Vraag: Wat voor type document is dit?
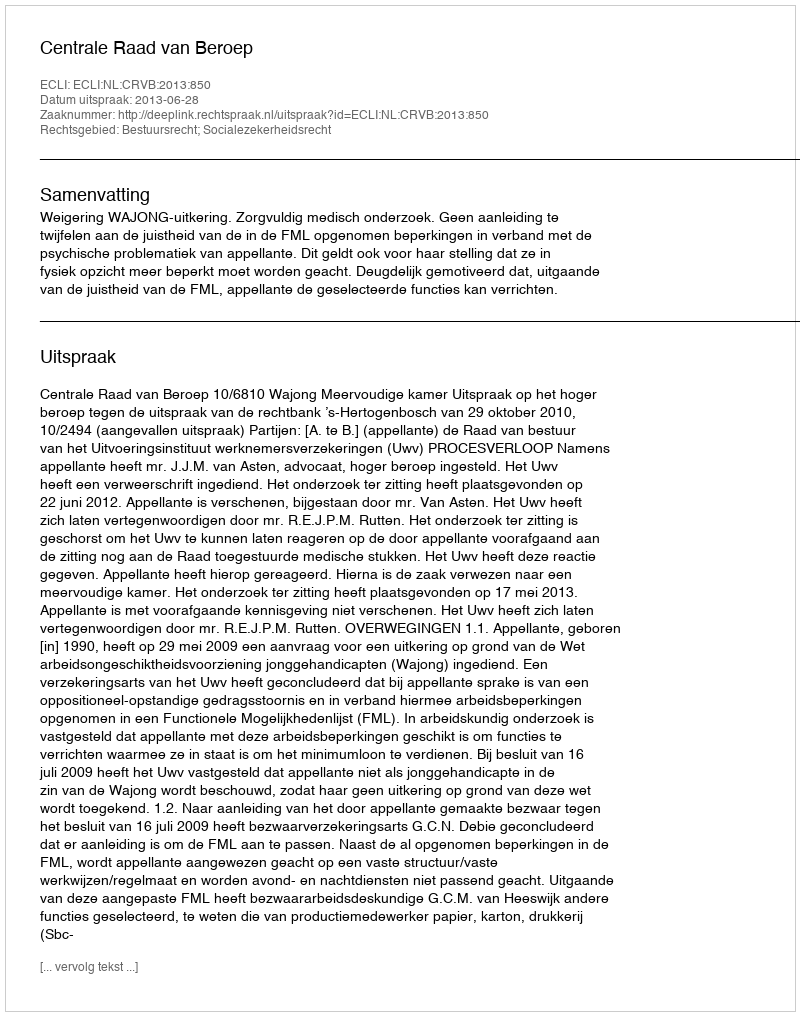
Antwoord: Uitspraak